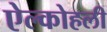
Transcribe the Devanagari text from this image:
ऐल्कोहली